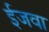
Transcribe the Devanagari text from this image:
ईजवा